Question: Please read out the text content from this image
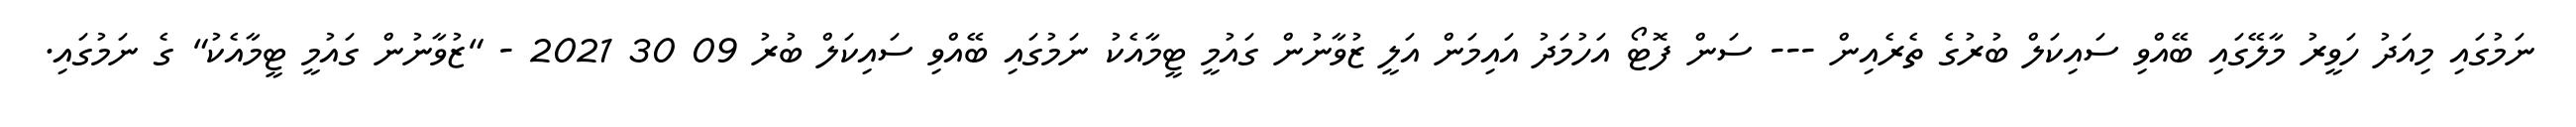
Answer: ނަމުގައި މިއަދު ހަވީރު މާލޭގައި ބޭއްވި ސައިކަލް ބުރުގެ ތެރެއިން --- ސަން ފޮޓޯ އަހުމަދު އައިމަން އަލީ ޒުވާނުން ގައުމީ ޓީމާއެކު ނަމުގައި ބޭއްވި ސައިކަލް ބުރު 09 30 2021 - "ޒުވާނުން ގައުމީ ޓީމާއެކު" ގެ ނަމުގައި.